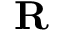
\mathbf { R }